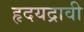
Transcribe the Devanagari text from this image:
हृदयद्रावी